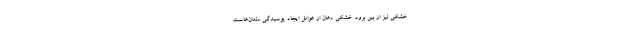
خشکی نیز از بین برود. خشکی دهان از عوامل ایجاد پوسیدگی دندان‌هاست.